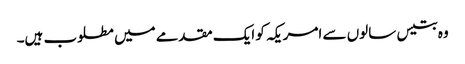
وہ بتیس سالوں سے امریکہ کو ایک مقدمے میں مطلوب ہیں۔